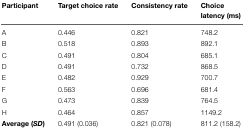
<table><thead><tr><td><b>Participant</b></td><td><b>Target choice rate</b></td><td><b>Consistency rate</b></td><td><b>Choice latency (ms)</b></td></tr></thead><tbody><tr><td>A</td><td>0.446</td><td>0.821</td><td>748.2</td></tr><tr><td>B</td><td>0.518</td><td>0.893</td><td>892.1</td></tr><tr><td>C</td><td>0.491</td><td>0.804</td><td>685.1</td></tr><tr><td>D</td><td>0.491</td><td>0.732</td><td>868.5</td></tr><tr><td>E</td><td>0.482</td><td>0.929</td><td>700.7</td></tr><tr><td>F</td><td>0.563</td><td>0.696</td><td>681.4</td></tr><tr><td>G</td><td>0.473</td><td>0.839</td><td>764.5</td></tr><tr><td>H</td><td>0.464</td><td>0.857</td><td>1149.2</td></tr><tr><td><b>Average (<i>SD</i>)</b></td><td>0.491 (0.036)</td><td>0.821 (0.078)</td><td>811.2 (158.2)</td></tr></tbody></table>